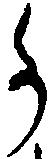
か